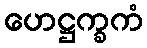
ဟေဋ္ဌက္ခကံ